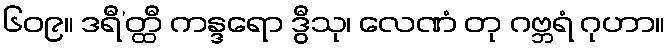
၆၀၉။ ဒရီ’တ္ထီ ကန္ဒရော ဒွီသု၊ လေဏံ တု ဂဗ္ဘရံ ဂုဟာ။